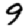
Digit: 9